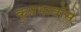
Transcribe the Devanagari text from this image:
कुप्रभावोंसे